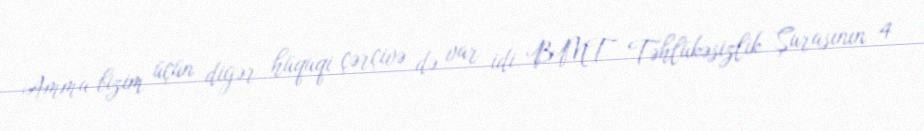
Amma bizim üçün digər hüquqi çərçivə də var idi. BMT Təhlükəsizlik Şurasının 4